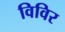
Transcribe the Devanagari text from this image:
विविर